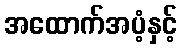
အထောက်အပံ့နှင့်